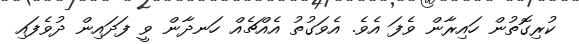
ކުރިގޮތުން ހައިރާން ވެފަ އެވެ. އެވަގުތު އެއްޗެއް ހަނދާން ވީ ފަދައިން ދުވެފައި